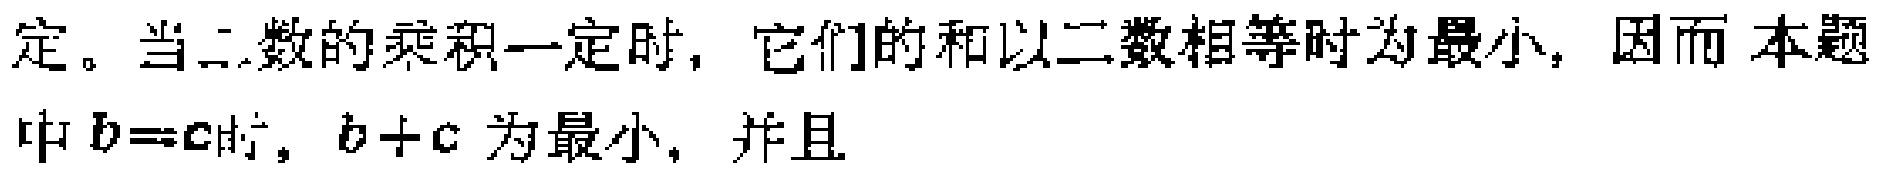
定。当二数的乘积一定时，它们的和以二数相等时为最小，因而本题中\(b = c\)时，\(b + c\) 为最小，并且